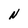
Character: N